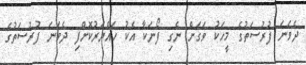
ދެވަނަ ފުރުސަތުގެ މީހަކު ވަގަށް ނެގި ފޯނަކާ އެކު ހައްޔަރުކޮށްފި ދެވަނަ ފުރުސަތުގެ